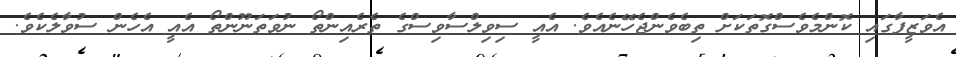
އެވަޒީފާގައި ކޮންމެވެސްގޮތަކަށް ތިބެވެންޖެހޭނެއެވެ. އެއީ ސިވިލްސާވިސްގެ ތެރެއިންތޯ ނުވަތަނޫންތޯ އެއީ އެހެން ސުވާލެކެވެ.